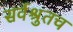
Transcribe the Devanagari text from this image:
सर्वश्रुतच